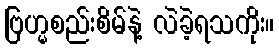
ဗြဟ္မစည်းစိမ်နဲ့ လဲခဲ့ရသကိုး။